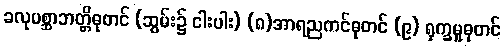
ခလုပစ္ဆာဘတ္တိဓုတင် (ဆွမ်း၌ ငါးပါး) (၈)အာရညကင်ဓုတင် (၉) ရုက္ခမူဓုတင်